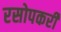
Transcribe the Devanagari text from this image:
रसोपकरी